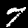
Label: 7